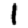
Digit: 1